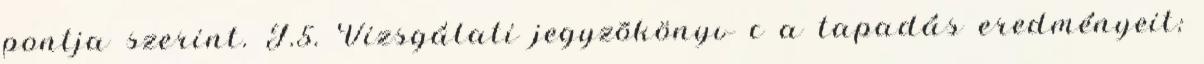
pontja szerint. J.5. Vizsgálati jegyzõkönyv c a tapadás eredményeit;